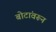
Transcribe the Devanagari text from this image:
बोटांवरून